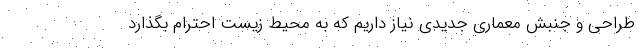
طراحی و جنبش معماری جدیدی نیاز داریم که به محیط زیست احترام بگذارد